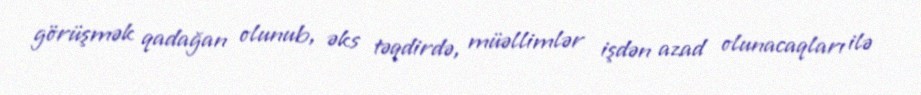
görüşmək qadağan olunub, əks təqdirdə, müəllimlər işdən azad olunacaqları ilə